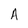
Character: A